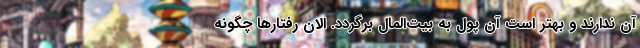
آن ندارند و بهتر است آن پول به بیت‌المال برگردد. الان رفتارها چگونه